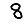
Digit: 8